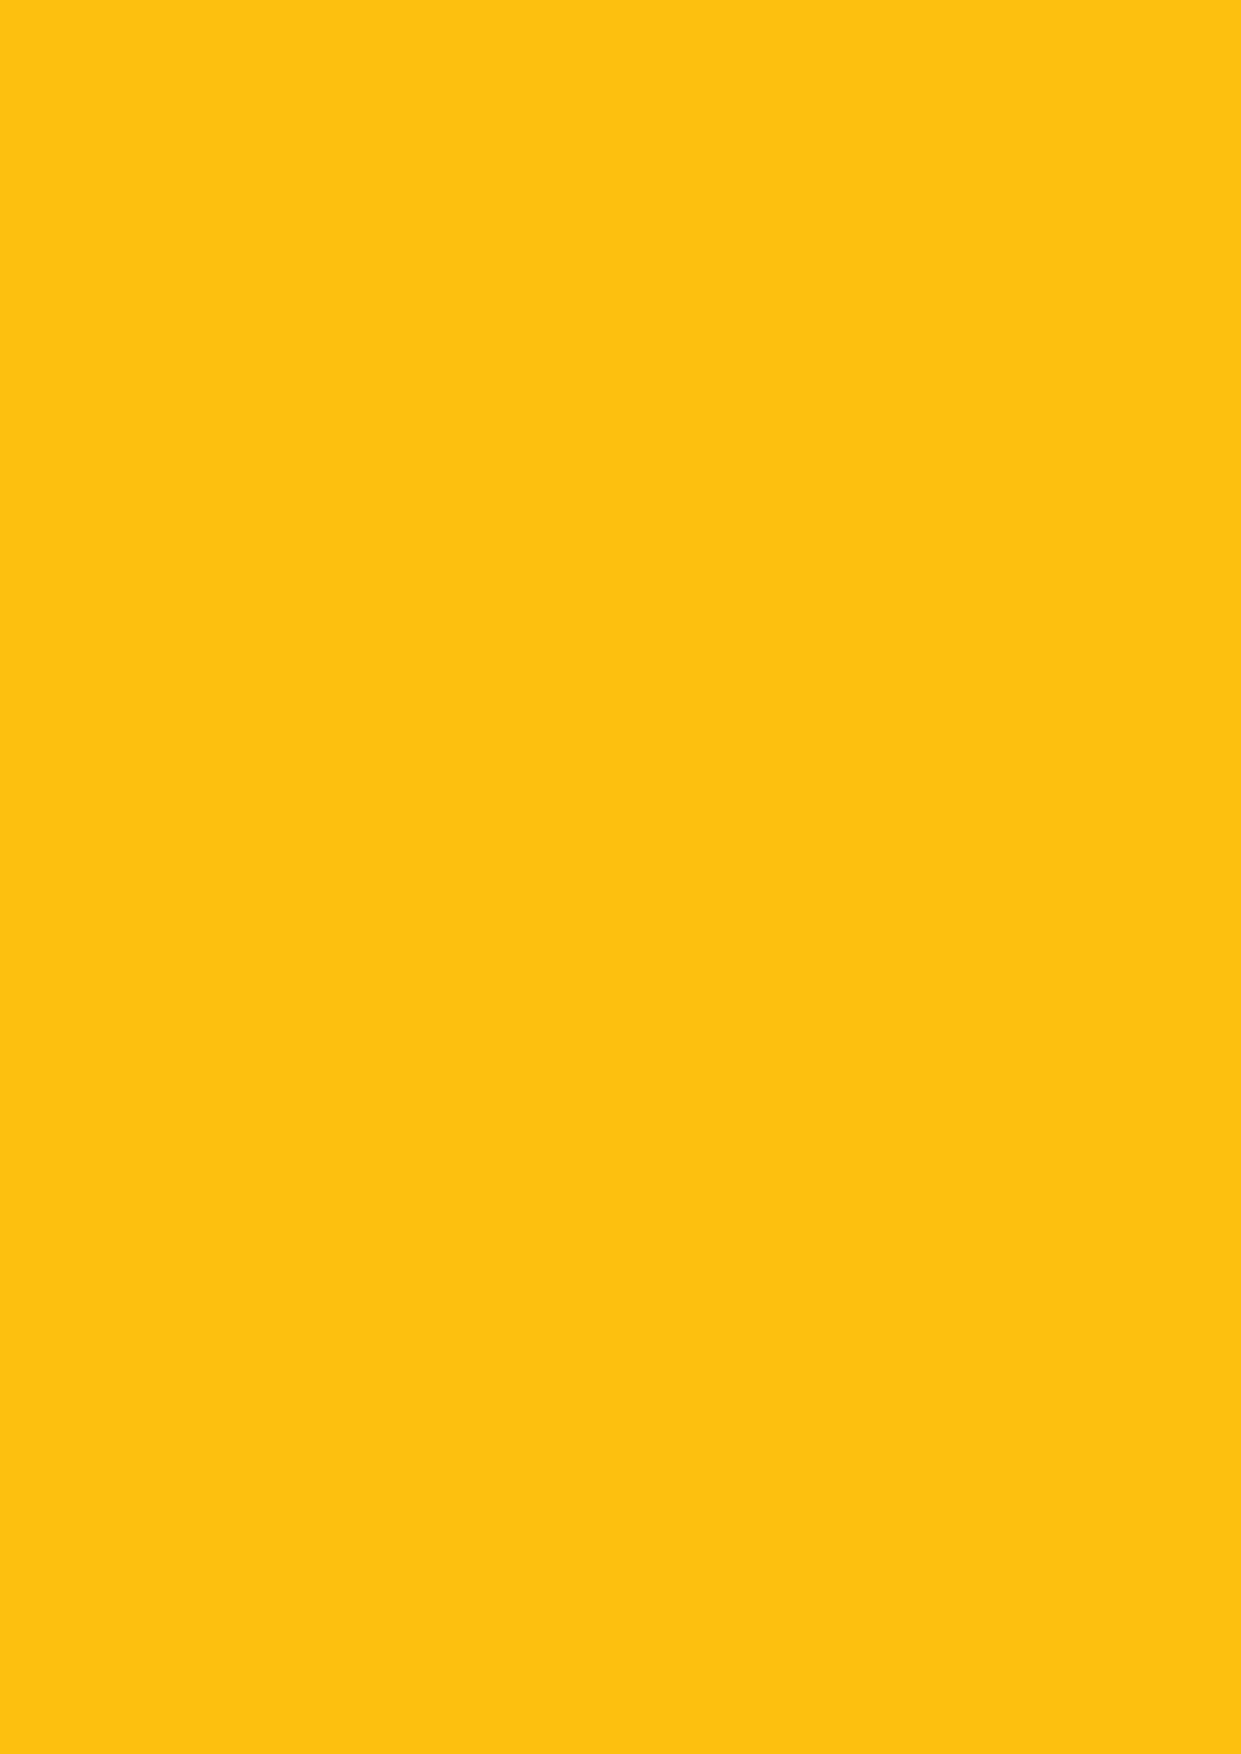
1.1 GUIDELINES
 APIQü® is the industry’s on-farm Quality Assurance (QA) program based on managing farm risks
 by following Good Agricultural Practices (GAP) using the principles of Hazard Analysis and Critical
 Control Points (HACCP). APIQü® is designed to assist you to identify and manage risks on your farm
 and provides tools, including diaries, Standard Operating Procedures (SOPs) and recording systems.
 APIQü® supports all producers and has two (2) producer categories:
 • Small Holder – producers who have 50 or fewer sows and sell or feed to slaughter 1000 or
 fewer pigs in a year.
 • Large Holder – producers who have 51 or more sows, and sell or feed to slaughter more than
 1001 pigs in a year.
 The APIQü® Standards and Performance Indicators are the same for Small and Large Holders.
 However, Large Holders typically require more complex manuals and recording systems than Small
 Holders. The APIQü® Standards and Performance Indicators are listed in the APIQü® Standards
 Manual and the APIQü® Small Holder Manual.
 APIQü® has five (5) key areas of focus:
 1. Management – helping you manage your piggery in a systematic manner.
 2. Food Safety – helping you produce food that is safe.
 3. Animal Welfare – helping you maintain high standards of animal care.
 4. Biosecurity – helping you manage the health risks to your pigs; other pigs they may have
 contact with when they leave your farm; and people who may be in contact with them.
 5. Traceability – compliance with the National Livestock Identification Scheme (NLIS) and PigPass
 National Vendor Declaration (PPNVD) requirements.
 APIQü® is divided into Modules with Standards and Performance Indicators established in
 consultation with industry and approved by the APL Board. There are currently six (6) Modules:
 • Module 1 – Management Standards
 • Module 2 – Food Safety Standards
 • Module 3 – Animal Welfare Standards
 • Module 4 – Biosecurity Standards
 • Module 5 – Traceability Standards which are incorporated into Modules 2 and 4
 • Module 6 – Customer Specifications.
 APIQü® helps you manage your pig production by assisting you to:
 • Document how you manage your operation in a Piggery Management Manual which describes
 what and how you do things in your piggery in SOPs and/or Work Instructions (WIs) and
 explains how you meet the APIQü® Standards and Performance Indicators.
 • Record what happened in your piggery and to your pigs from day-to-day.
 • Demonstrate to your customers that you meet the APIQü® Standards in your production
 through an annual Compliance Audit and annual Internal Audit.
 You do this by: